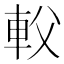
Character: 𨊽